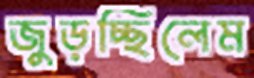
জুড়চ্ছিলেম